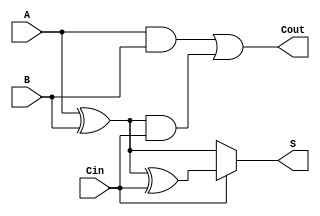
module conditional_sum_full_adder (
    input  wire A,    // First significant bit
    input  wire B,    // Second significant bit
    input  wire Cin,  // Carry input
    output wire S,    // Sum output
    output wire Cout   // Carry output
);

// Intermediate sum calculations
wire S0; // Sum without carry
wire S1; // Sum with carry

// Carry conditions
wire C1; // Carry from A and B
wire C2; // Carry from (A XOR B) and Cin

// Compute intermediate sums
assign S0 = A ^ B;      // S0 = A XOR B
assign S1 = S0 ^ Cin;   // S1 = S0 XOR Cin

// Select final sum based on Cin
assign S = (Cin == 1'b0) ? S0 : S1;

// Compute carry-out conditions
assign C1 = A & B;                   // C1 = A AND B
assign C2 = S0 & Cin;                // C2 = (A XOR B) AND Cin

// Final carry-out
assign Cout = C1 | C2;               // Cout = C1 OR C2

endmodule